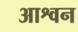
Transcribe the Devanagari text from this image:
आश्वन